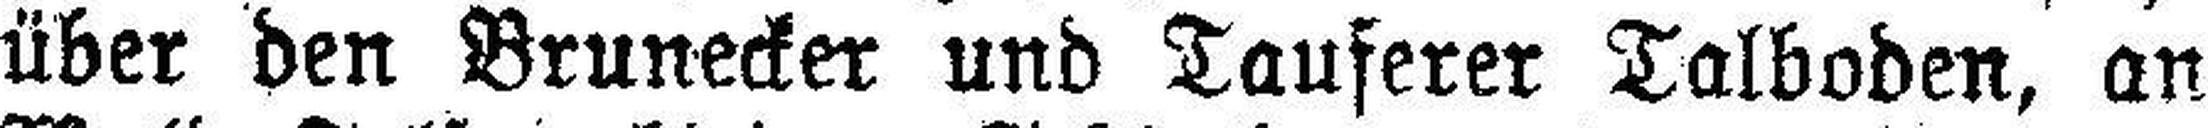
über den Brunecker und Tauferer Talboden, an